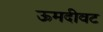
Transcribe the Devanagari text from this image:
ऊमदीवट